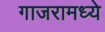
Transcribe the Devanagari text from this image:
गाजरामध्ये